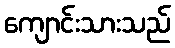
ကျောင်းသားသည်